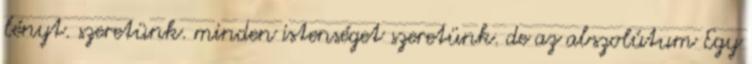
lényt. szeretünk. minden istenséget szeretünk. de az abszolútum Egy